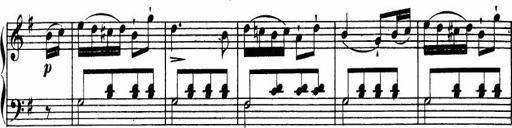
Title: Le bouquetier
Composer: Anton Diabelli
Key: G major
 C major
 F major
 C major